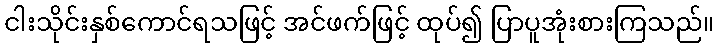
ငါးသိုင်းနှစ်ကောင်ရသဖြင့် အင်ဖက်ဖြင့် ထုပ်၍ ပြာပူအုံးစားကြသည်။